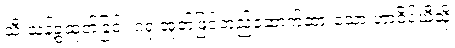
သီးသန့်ခွဲထုတ်ခြင်း ဂရု အုတ်ဖြင့်တည်ဆောက်ထားသော ဟာဝိုင်ယီသို့